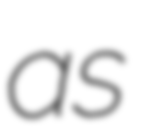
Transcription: as